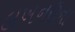
લખનઉના